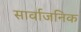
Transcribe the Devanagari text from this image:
सार्वाजनिक